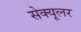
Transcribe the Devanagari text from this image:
सेक्यूलर